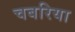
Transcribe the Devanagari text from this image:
चबरिया